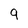
Character: 9